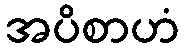
အပိစာဟံ